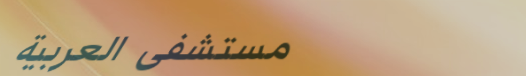
مستشفى العربية